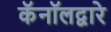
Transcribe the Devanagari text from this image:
कॅनॉलद्वारे